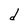
Character: d